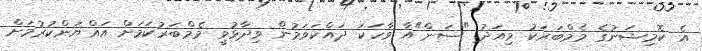
އެ ކޮމިޝަނުގެ މެމްބަރަކު މިއަދު "ސަން"އާ ވާހަކަ ދައްކަވަމުން ވިދާޅުވީ މެމްބަރުކަމަށް އައްޔަންކުރުމަށް